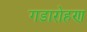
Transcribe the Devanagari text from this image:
गडारोहण